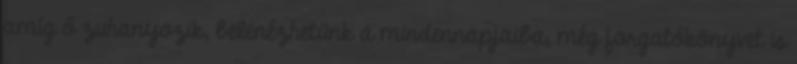
amíg ő zuhanyozik, belenézhetünk a mindennapjaiba, még forgatókönyvet is